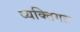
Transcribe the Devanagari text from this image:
व्यक्‍तिगत